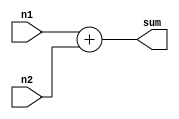
module add(
    input [31:0] n1,
    input [31:0] n2,
    output [31:0] sum
);

    assign sum = n1 + n2;
endmodule

module subtract(
    input signed [31:0] n1,
    input signed [31:0] n2,
    output [31:0] diff
);
    assign diff = n1 - n2;
endmodule

module and_gate(
    input [31:0] n1,
    input [31:0] n2,
    output [31:0] out
);

    assign out = n1 & n2;
endmodule

module or_gate(
    input [31:0] n1,
    input [31:0] n2,
    output [31:0] out
);

    assign out = n1 | n2;
endmodule

module xor_gate(
    input [31:0] n1,
    input [31:0] n2,
    output [31:0] out
);

    assign out = n1 ^ n2;
endmodule

module not_gate(
    input [31:0] inp,
    output [31:0] out
);

    assign out = ~inp;
endmodule

module left_shift_arithmetic(
    input [31:0] n1,
    input [31:0] n2,
    output [31:0] out
);

    assign out = n1 << n2;  
endmodule

module right_shift_arithmetic(
    input signed [31:0] n1,
    input signed [31:0] n2,
    output [31:0] out
);

    assign out = n1 >>> n2;
endmodule

module right_shift_logical(
    input [31:0] n1,
    input [31:0] n2,
    output [31:0] out
);

    assign out = n1 >> n2;
endmodule

module alu(
    input [31:0] inp1,
    input [31:0] inp2,
    input [3:0] aluOp,
    input [5:0] func,
    input clk,
    input reset,        // to reset the system configuration
    output reg signed [31:0] out
);

    wire [31:0]outputs[8:0]; // 8 outputs from 8 modules
    // reg [31:0] output32;
    
    // Instantiating 9 modules
    add G1(inp1, inp2, outputs[0]);
    subtract G2(inp1, inp2, outputs[1]);
    and_gate G3(inp1, inp2, outputs[2]);
    or_gate G4(inp1, inp2, outputs[3]);
    xor_gate G5(inp1, inp2, outputs[4]);
    not_gate G6(inp1, outputs[5]);
    left_shift_arithmetic G7(inp1, inp2, outputs[6]);
    right_shift_arithmetic G8(inp1, inp2, outputs[7]);
    right_shift_logical G9(inp1, inp2, outputs[8]);
    wire [3:0]aluControlOp;

    alu_control_decoder ACD(
        .aluOp(aluOp),
        .func(func),
        .aluControl(aluControlOp)
    );
    // assign out = output32;

    always @(*)
        begin
            // Selecting output based on func
            // States:
            // 0001: ADD
            // 0010: SUBTRACT
            // 0011: AND
            // 0100: OR
            // 0101: XOR
            // 0110: NOT
            // 0111: SLA
            // 1000: SRA
            // 1001: SRL
            // $display("outalu = %d", out);
            // $display("inp1 = %d, inp2 = %d, func = %d", inp1, inp2, func);
            case(aluControlOp)
                4'b0001: out <= outputs[0];
                4'b0010: out <= outputs[1];
                4'b0011: out <= outputs[2];
                4'b0100: out <= outputs[3];
                4'b0101: out <= outputs[4];
                4'b0110: out <= outputs[5];
                4'b0111: out <= outputs[6];
                4'b1000: out <= outputs[7];
                4'b1001: out <= outputs[8];
                // default: out /
            endcase
            $display("Aluop: %d, outalu = %d, in1 = %d, in2 = %d", aluControlOp, out, inp1, inp2);
        end
endmodule

module alu_control_decoder(
    input [3:0] aluOp,
    input [5:0] func,
    output reg [3:0] aluControl
);
    always @(*)
        begin
            case (aluOp)
                4'b0000: aluControl = 4'b0001;
                4'b0001: begin
                    case (func)
                        6'b000000: aluControl <= 4'b0001; // add
                        6'b000001: aluControl <= 4'b0010; // subtract
                        6'b000010: aluControl <= 4'b0011; // and
                        6'b000011: aluControl <= 4'b0100; // or
                        6'b000100: aluControl <= 4'b0101; // xor
                        6'b000101: aluControl <= 4'b0110; // not
                        6'b000110: aluControl <= 4'b0111; // left shift arithmetic
                        6'b000111: aluControl <= 4'b1000; // right shift arithmetic
                        6'b001000: aluControl <= 4'b1001; // right shift logical
                        default: aluControl <= 4'b0001; // default add
                    endcase
                end
                4'b0010: aluControl <= 4'b0001; // add
                4'b0011: aluControl <= 4'b0010; // subtract
                4'b0100: aluControl <= 4'b0111; // left shift arithmetic
                4'b0101: aluControl <= 4'b1000; // right shift arithmetic
                4'b0110: aluControl <= 4'b1001; // right shift logical
                4'b0111: aluControl <= 4'b0011; // and
                4'b1000: aluControl <= 4'b0100; // or
                4'b1001: aluControl <= 4'b0101; // xor
            endcase
        end

endmodule